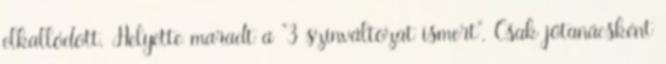
elkallódott. Helyette maradt a "3 színváltozat ismert". Csak jótanácsként